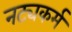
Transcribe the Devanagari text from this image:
नट्यकर्म